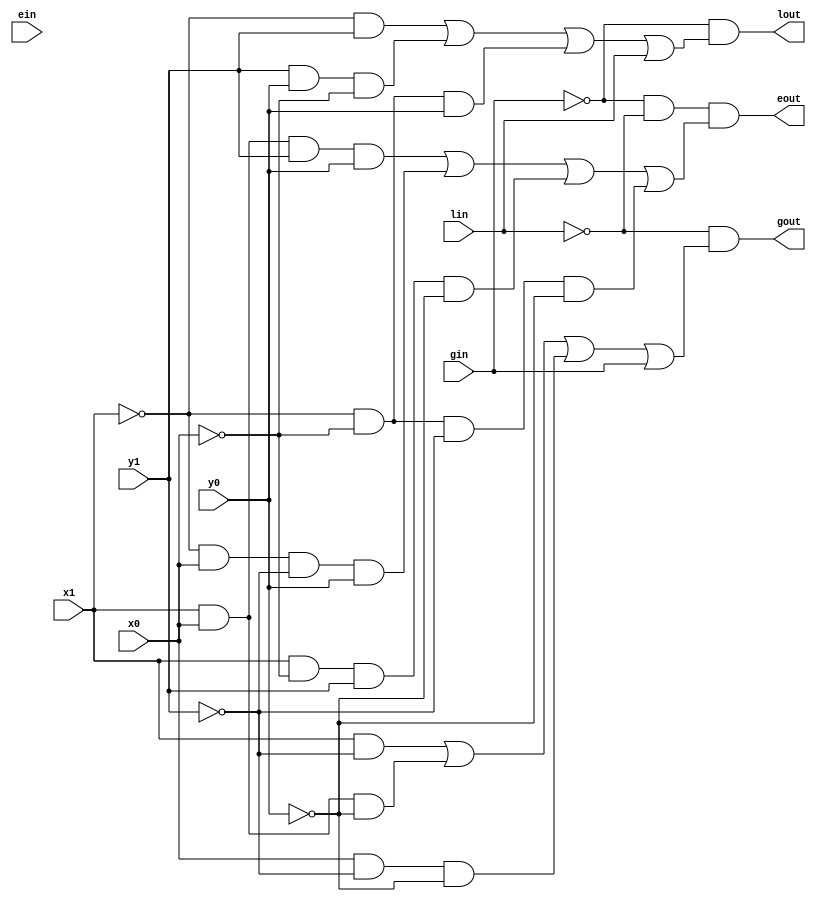
module comparator_2bit(
  lin, gin, ein,
  lout, gout, eout,
  x1,x0,
  y1,y0,
  );
  
  input x0,x1,y0,y1,gin,lin,ein;
  output gout,lout,eout;
  not (x0n,x0),(x1n,x1),(y0n,y0),(y1n,y1);
  not(ngin,gin),(nlin,lin);
  
  // equal out structural definition
  and(eq0,x1,x0,y1,y0),(eq1,x1n,x0,y1n,y0),
    (eq2,x1,x0n,y1,y0n),(eq3,x1n,x0n,y1n,y0n);
  or(echeck,eq0,eq1,eq2,eq3);
  and(eout,ngin,nlin,echeck);
  
  // lesser out structural definition
  and(la,x1n,y1),(lb,y1,y0,x0n),(lc,x1n,x0n,y0);
  or(lcheck,la,lb,lc,lin);
  and(lout,ngin,lcheck);
  
  // greater out structural definion
  and(ga,x1,y1n),(gb,x1,x0,y0n),(gc,x0,y1n,y0n);
  or(gcheck,ga,gb,gc,gin);
  and(gout,nlin,gcheck);
  
  
endmodule // comparator_2bit